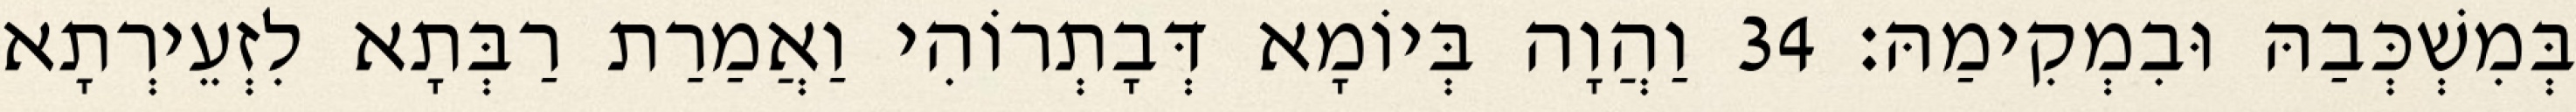
בְּמִשְׁכְּבַהּ וּבִמְקִימַהּ׃ 34 וַהֲוָה בְּיוֹמָא דְּבָתְרוֹהִי וַאֲמַרַת רַבְּתָא לִזְעֵירְתָא